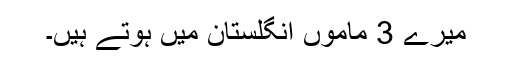
میرے 3 ماموں انگلستان میں ہوتے ہیں۔